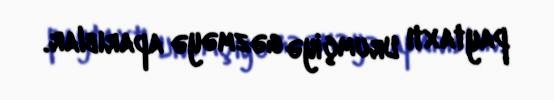
paytaxtı Urumçiyə gəzməyə aparıblar.